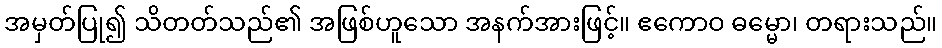
အမှတ်ပြု၍ သိတတ်သည်၏ အဖြစ်ဟူသော အနက်အားဖြင့်။ ဧကောဝ ဓမ္မော၊ တရားသည်။